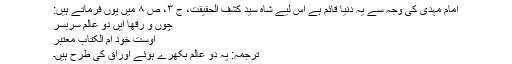
امام مہدی کی وجہ سے یہ دنیا قائم ہے اس لیے شاہ سید کشف الحقیقت، ج ۳، ص ۸ میں یوں فرماتے ہیں:
چوں و رقھا ایں دو عالم سربسر
اوست خود ام الکتاب معتبر
ترجمہ: یہ دو عالم بکھرے ہوئے اوراق کی طرح ہیں۔